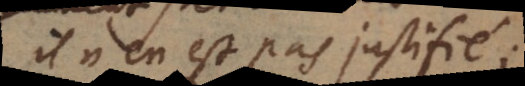
il n’en est pas justifié,